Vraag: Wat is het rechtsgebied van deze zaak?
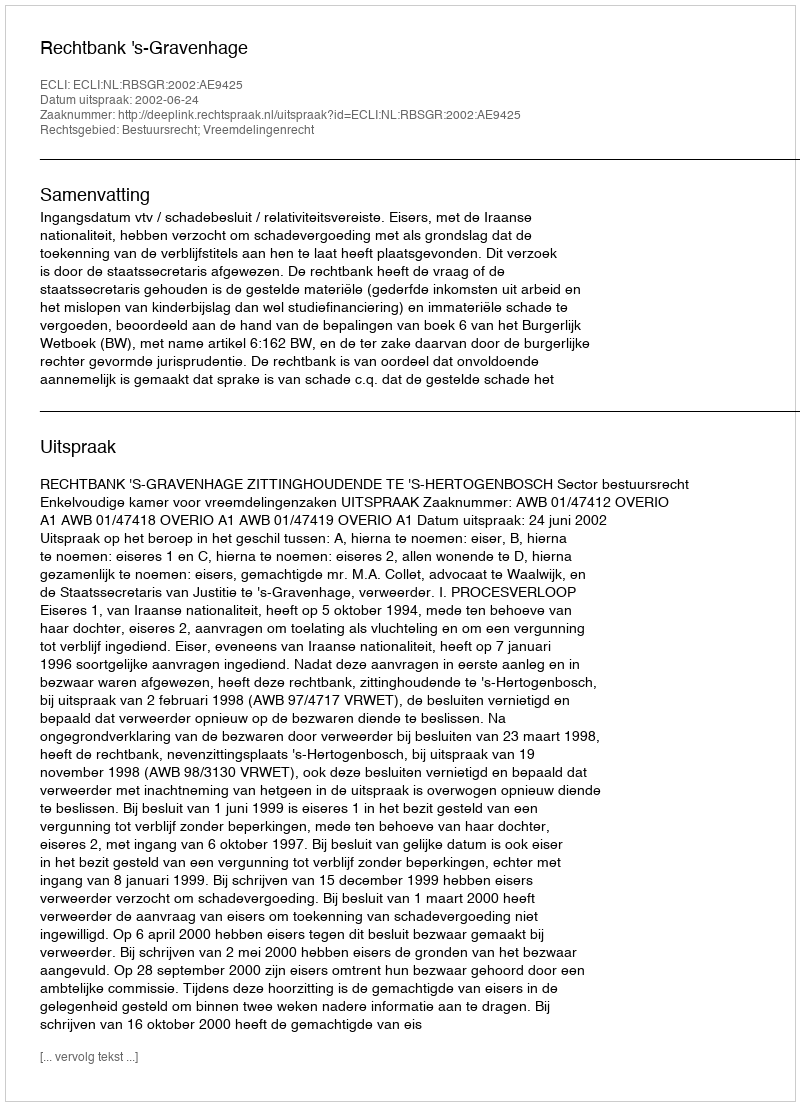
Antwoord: Bestuursrecht; Vreemdelingenrecht